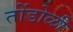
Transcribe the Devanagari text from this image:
तोंडोळी